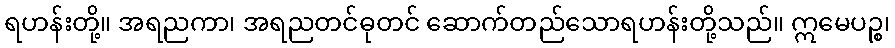
ရဟန်းတို့။ အရညကာ၊ အရညတင်ဓုတင် ဆောက်တည်သောရဟန်းတို့သည်။ ဣမေပဉ္စ၊